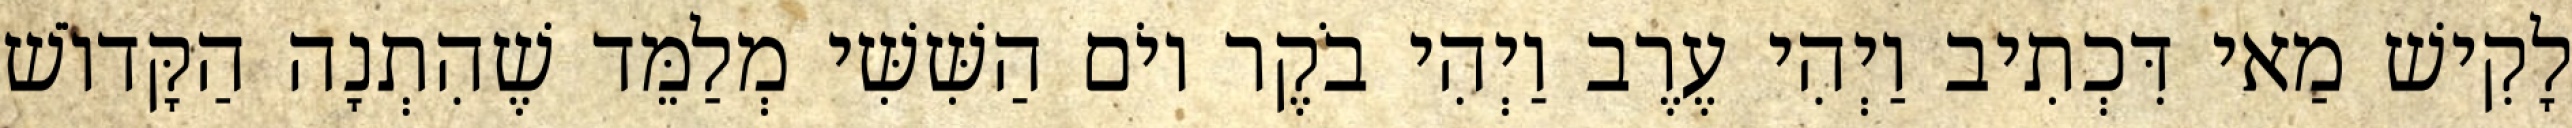
לָקִישׁ מַאי דִּכְתִיב וַיְהִי עֶרֶב וַיְהִי בֹקֶר יוֹם הַשִּׁשִּׁי מְלַמֵּד שֶׁהִתְנָה הַקָּדוֹשׁ